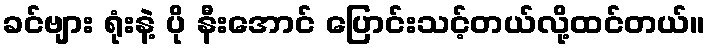
ခင်ဗျား ရုံးနဲ့ ပို နီးအောင် ပြောင်းသင့်တယ်လို့ထင်တယ်။